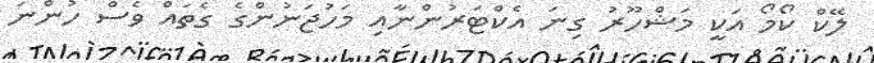
ލޭކް ކޯމޯ އަކީ މަޝްހޫރު ގިނަ އެކްޓަރުންނާއި މަހުޖަނުންގެ ގެތައް ވެސް ހުންނަ